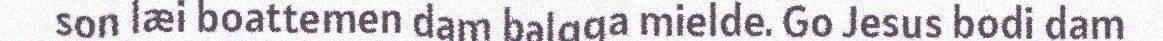
son læi boattemen dam balgga mielde. Go Jesus bodi dam